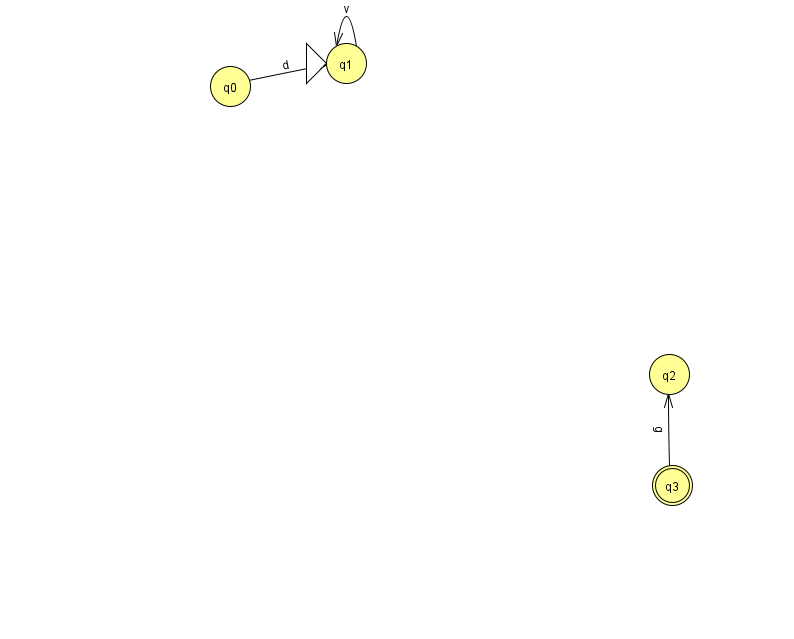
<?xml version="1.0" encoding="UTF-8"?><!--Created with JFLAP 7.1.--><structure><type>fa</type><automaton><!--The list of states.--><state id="0" name="q0"><x>230.0</x><y>73.0</y></state><state id="1" name="q1"><x>346.0</x><y>50.0</y><initial/></state><state id="2" name="q2"><x>669.0</x><y>361.0</y></state><state id="3" name="q3"><x>672.0</x><y>472.0</y><final/></state><!--The list of transitions.--><transition><from>3</from><to>2</to><read>g</read></transition><transition><from>1</from><to>1</to><read>v</read></transition><transition><from>0</from><to>1</to><read>d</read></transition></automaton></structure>